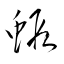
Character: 蝦